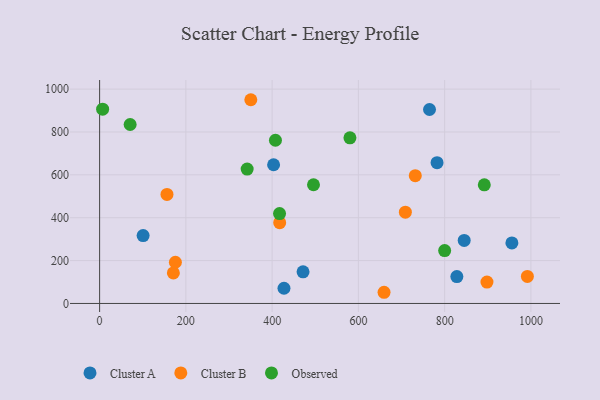
{"axis": {"x": "Experience", "y": "Fuel Efficiency"}, "legend": ["Cluster A", "Cluster B", "Observed"], "data": [{"x": "782.4", "y": 656.8, "type": "Cluster A"}, {"x": "427.5", "y": 70.9, "type": "Cluster A"}, {"x": "828.3", "y": 125.5, "type": "Cluster A"}, {"x": "764.9", "y": 904.9, "type": "Cluster A"}, {"x": "471.7", "y": 147.6, "type": "Cluster A"}, {"x": "955.9", "y": 282.3, "type": "Cluster A"}, {"x": "845.3", "y": 294.2, "type": "Cluster A"}, {"x": "403.4", "y": 647.1, "type": "Cluster A"}, {"x": "100.9", "y": 316.6, "type": "Cluster A"}, {"x": "659.5", "y": 52.2, "type": "Cluster B"}, {"x": "417.5", "y": 377.0, "type": "Cluster B"}, {"x": "156.2", "y": 508.7, "type": "Cluster B"}, {"x": "898.1", "y": 99.7, "type": "Cluster B"}, {"x": "708.9", "y": 425.9, "type": "Cluster B"}, {"x": "991.8", "y": 126.3, "type": "Cluster B"}, {"x": "171.0", "y": 142.7, "type": "Cluster B"}, {"x": "731.9", "y": 596.3, "type": "Cluster B"}, {"x": "175.7", "y": 192.2, "type": "Cluster B"}, {"x": "350.6", "y": 950.5, "type": "Cluster B"}, {"x": "800.0", "y": 246.9, "type": "Observed"}, {"x": "417.2", "y": 419.3, "type": "Observed"}, {"x": "407.7", "y": 761.5, "type": "Observed"}, {"x": "495.9", "y": 553.9, "type": "Observed"}, {"x": "7.0", "y": 906.5, "type": "Observed"}, {"x": "70.8", "y": 834.9, "type": "Observed"}, {"x": "580.4", "y": 772.6, "type": "Observed"}, {"x": "342.1", "y": 627.1, "type": "Observed"}, {"x": "891.9", "y": 553.3, "type": "Observed"}]}